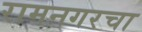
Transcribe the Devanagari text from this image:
रामनगरचा